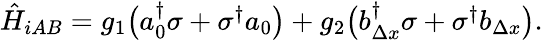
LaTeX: \begin{array}{r}{\hat{H}_{iAB}=g_{1}\big(a_{0}^{\dagger}\sigma+\sigma^{\dagger}a_{0}\big)+g_{2}\big(b_{\Delta x}^{\dagger}\sigma+\sigma^{\dagger}b_{\Delta x}\big).}\end{array}